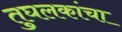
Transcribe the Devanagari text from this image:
तुघलकांचा